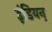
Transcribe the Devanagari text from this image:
इंडियन्